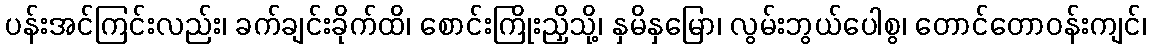
ပန်းအင်ကြင်းလည်း၊ ခက်ချင်းခိုက်ထိ၊ စောင်းကြိုးညှိသို့၊ နှမိနှမြော၊ လွမ်းဘွယ်ပေါစွ၊ တောင်တောဝန်းကျင်၊